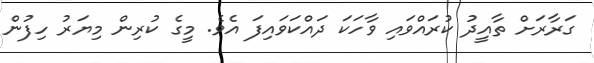
ގަރާރަށް ތާއީދު ކުރައްވައި ވާހަކަ ދައްކަވައިފަ އެވެ. މީގެ ކުރިން މިޔަރު ހިފުން